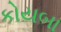
કોયબા